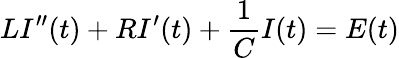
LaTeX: LI^{\prime\prime}(t)+RI^{\prime}(t)+{\frac{1}{C}}I(t)=E(t)